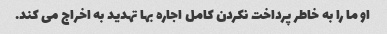
او ما را به خاطر پرداخت نکردن کامل اجاره بها تهدید به اخراج می کند.